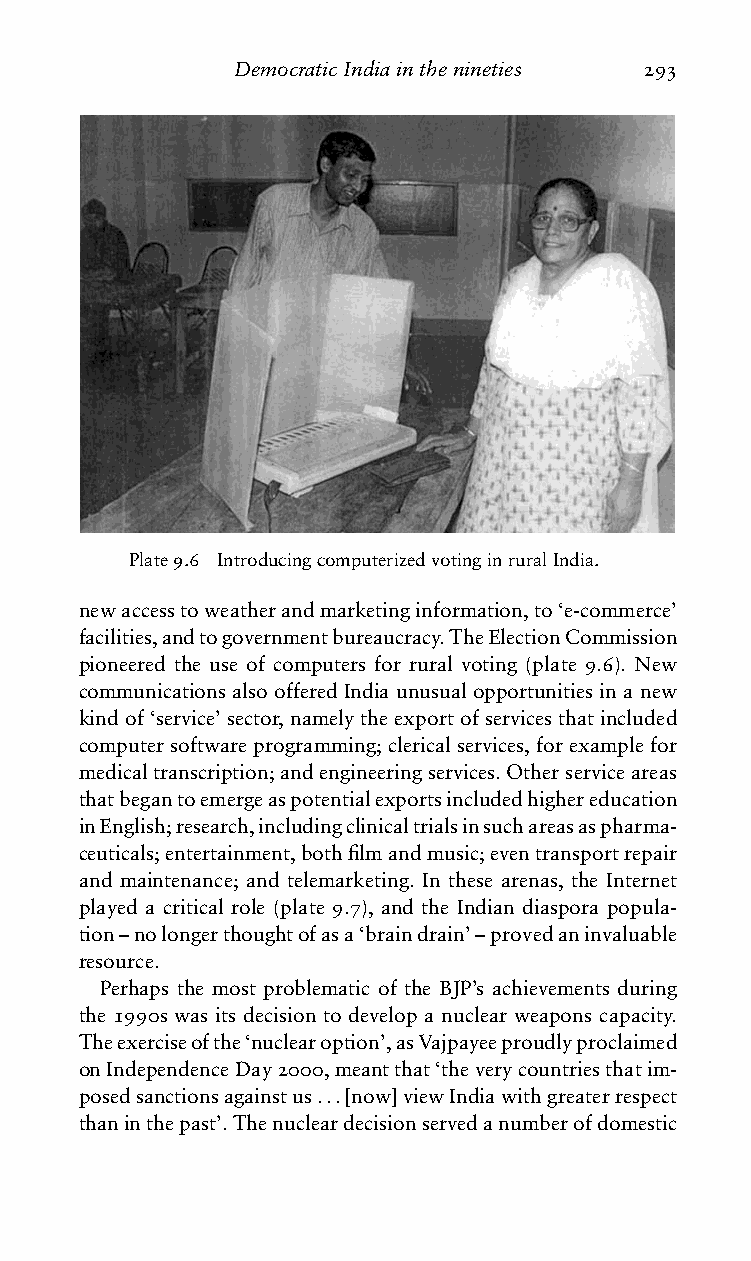
DemocraticIndiainthenineties 293
 Plate9.6 IntroducingcomputerizedvotinginruralIndia.
 newaccesstoweatherandmarketinginformation,to‘e-commerce’
 facilities,andtogovernmentbureaucracy.TheElectionCommission
 pioneered the use of computers for rural voting (plate 9.6). New
 communicationsalsoofferedIndiaunusualopportunitiesinanew
 kindof‘service’sector,namelytheexportofservicesthatincluded
 computersoftwareprogramming;clericalservices,forexamplefor
 medicaltranscription;andengineeringservices.Otherserviceareas
 thatbegantoemergeaspotentialexportsincludedhighereducation
 inEnglish;research,includingclinicaltrialsinsuchareasaspharma-
 ceuticals;entertainment,bothfilmandmusic;eventransportrepair
 and maintenance; and telemarketing. In these arenas, the Internet
 played a critical role (plate 9.7), and the Indian diaspora popula-
 tion–nolongerthoughtofasa‘braindrain’–provedaninvaluable
 resource.
 Perhaps the most problematic of the BJP’s achievements during
 the 1990s was its decision to develop a nuclear weapons capacity.
 Theexerciseofthe‘nuclearoption’,asVajpayeeproudlyproclaimed
 onIndependenceDay2000,meantthat‘theverycountriesthatim-
 posedsanctionsagainstus...[now]viewIndiawithgreaterrespect
 thaninthepast’.Thenucleardecisionservedanumberofdomestic